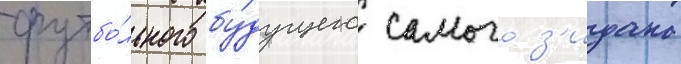
футбо́льного бу́дущего самого з'идана